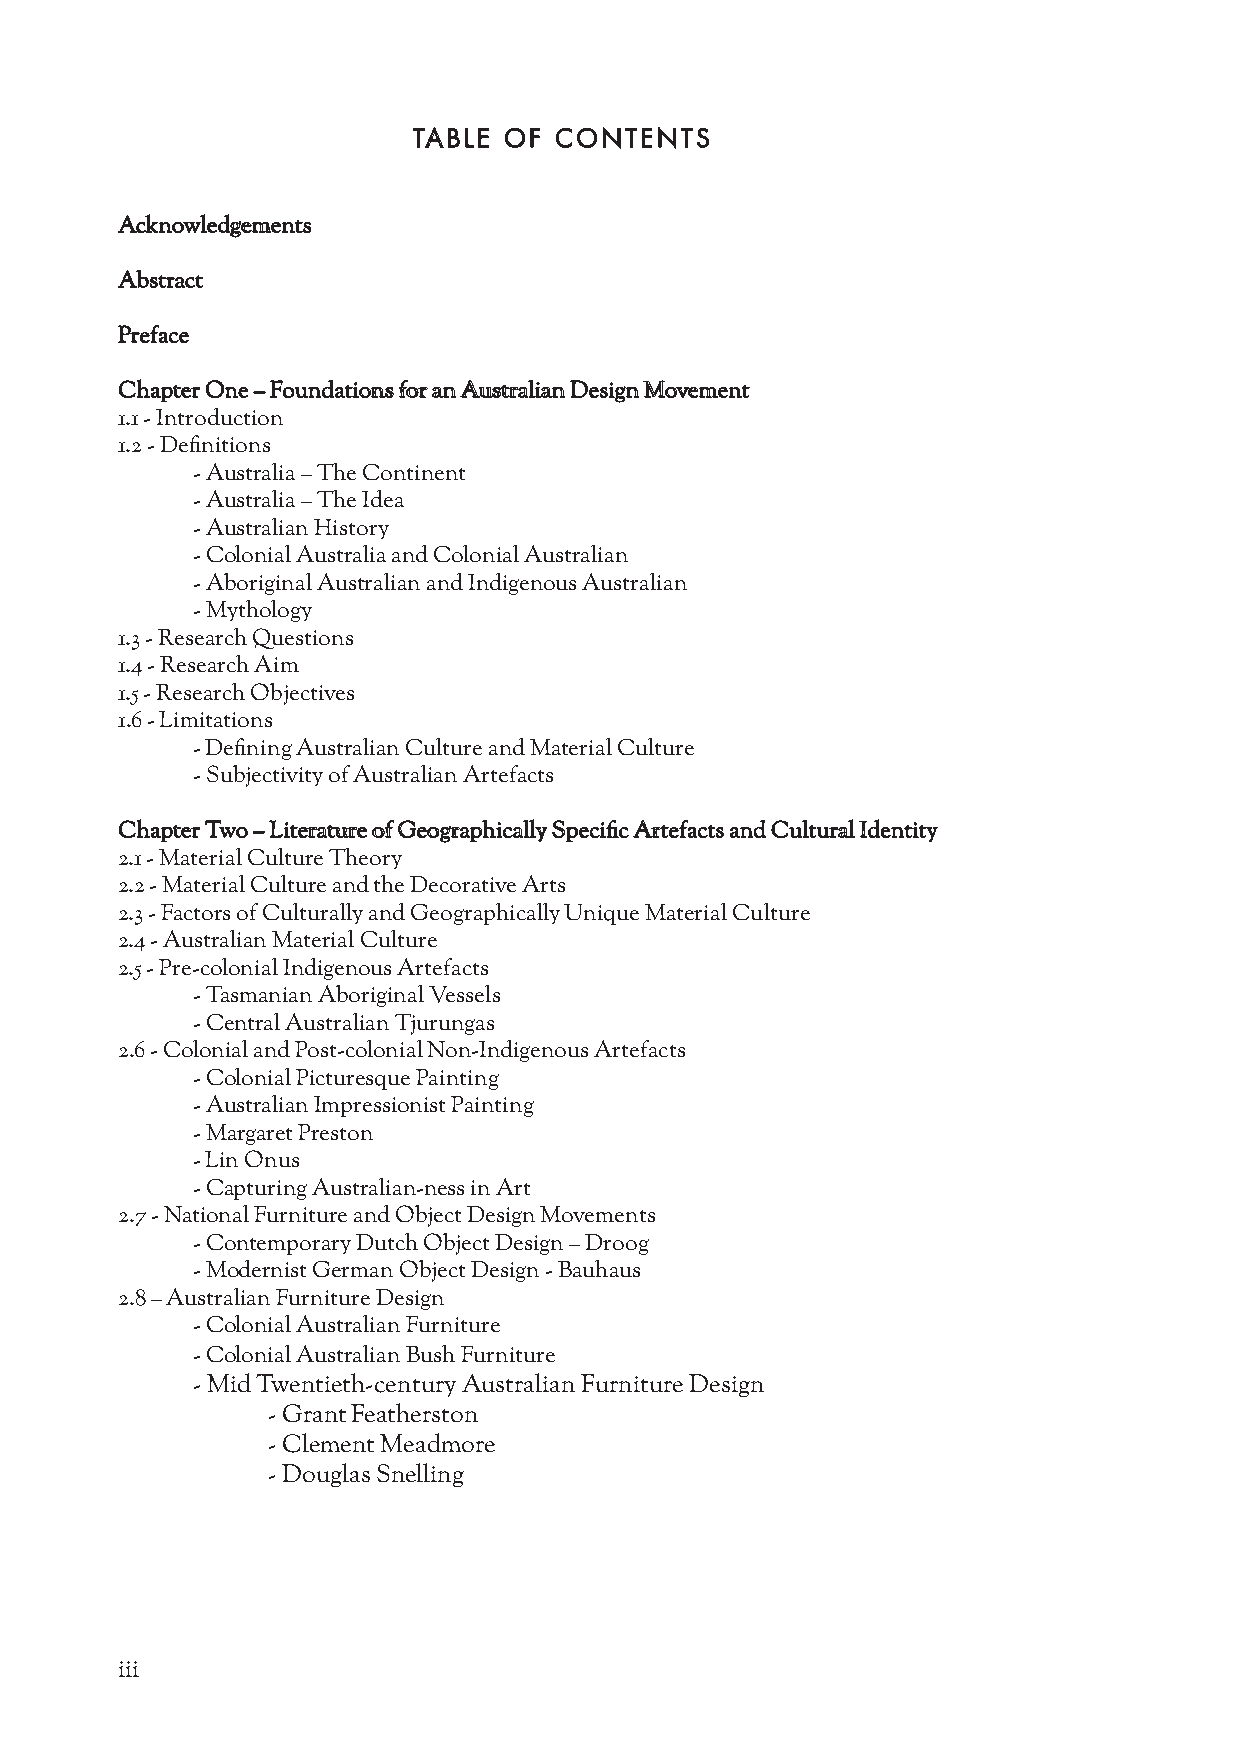
TABLE OF  CONTENTS
 Acknowledgements
 Abstract
 Preface
 Chapter One – Foundations for an Australian Design Movement
 1.1 - Introduction
 1.2 - Definitions
 - Australia – The Continent
 - Australia – The Idea
 - Australian History
 - Colonial Australia and Colonial Australian
 - Aboriginal Australian and Indigenous Australian
 - Mythology
 1.3 - Research Questions
 1.4 - Research Aim
 1.5 - Research Objectives
 1.6 - Limitations
 - Defining Australian Culture and Material Culture
 - Subjectivity of Australian Artefacts
 Chapter Two – Literature of Geographically Specific Artefacts and Cultural Identity
 2.1 - Material Culture Theory
 2.2 - Material Culture and the Decorative Arts
 2.3 - Factors of Culturally and Geographically Unique Material Culture
 2.4 - Australian Material Culture
 2.5 - Pre-colonial Indigenous Artefacts
 - Tasmanian Aboriginal Vessels
 - Central Australian Tjurungas
 2.6 - Colonial and Post-colonial Non-Indigenous Artefacts
 - Colonial Picturesque Painting
 - Australian Impressionist Painting
 - Margaret Preston
 - Lin Onus
 - Capturing Australian-ness in Art
 2.7 - National Furniture and Object Design Movements
 - Contemporary Dutch Object Design – Droog
 - Modernist German Object Design - Bauhaus
 2.8 – Australian Furniture Design
 - Colonial Australian Furniture
 - Colonial Australian Bush Furniture
 - Mid Twentieth-century Australian Furniture Design
 - Grant Featherston
 - Clement Meadmore
 - Douglas Snelling
 iii